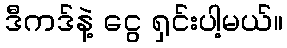
ဒီကဒ်နဲ့ ငွေ ရှင်းပါ့မယ်။